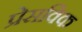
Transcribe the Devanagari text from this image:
प्रेसविक